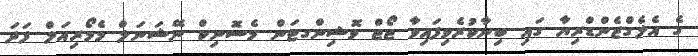
ގެ އެލެގްޒެންޑްރިޔާ ގައި ބިނާކުރެވިފައިވާ ޖޯޖް ވޮޝިންގޓަން މެސޮނިކް ނޭޝަނަލް މެމޯރިއަލް ފަދަ